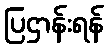
ပြဌာန်းရန်